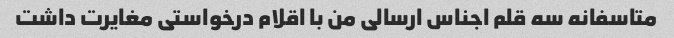
متاسفانه سه قلم اجناس ارسالی من با اقلام درخواستی مغایرت داشت